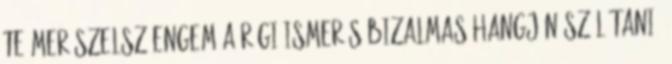
te merészelsz engem a régi ismerős bizalmas hangján szólítani?